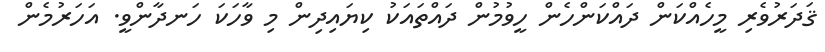
ޤަދަރުވެރި މީހެއްކަން ދައްކަންހެން ހީވުމުން ދައްތައަކު ކިޔައިދިން މި ވާހަކަ ހަނދާންވީ. އަހަރުމެން